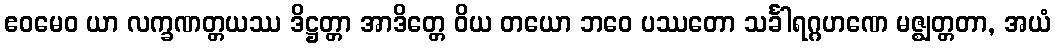
ဧဝမေဝ ယာ လက္ခဏတ္တယဿ ဒိဋ္ဌတ္တာ အာဒိတ္တေ ဝိယ တယော ဘဝေ ပဿတော သင်္ခါရဂ္ဂဟဏေ မဇ္ဈတ္တတာ, အယံ